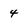
Character: 4